Civil Veterinary Dept. North-West Frontier Province 1923-32 - 1923-1932
Year: 1923
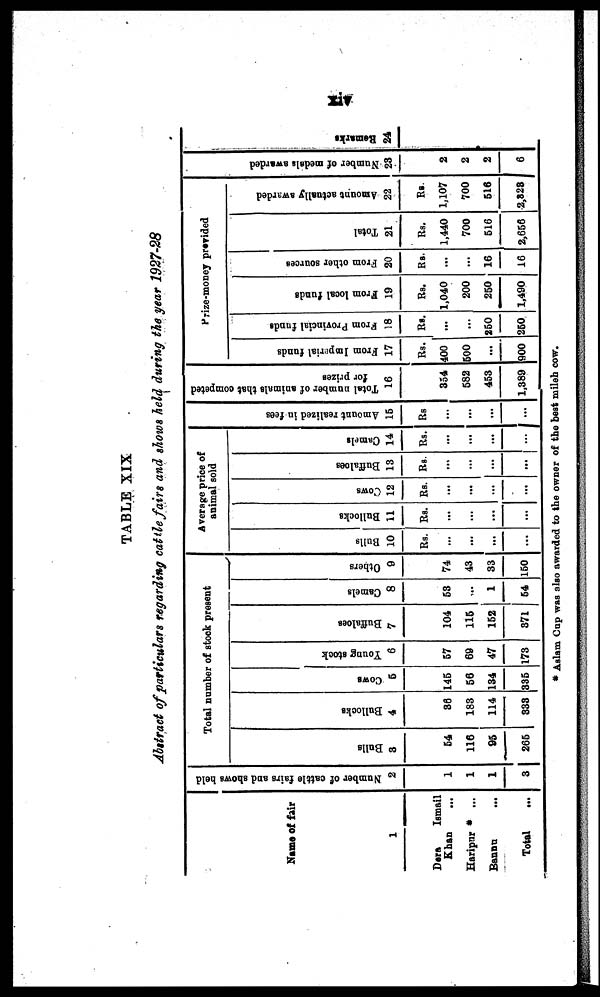
xiv
TABLE XIX
Abstract of particulars regarding cattle fairs and shows held during the year 1927-28
Name of fair
1
Dera
Ismail
Khan ...
Haripur * ...
Bannu
...
Total ...
Number of cattle fairs and shows held
2
1
1
1
3
Total number of stock present
Bulls
3
54
116
95
265
Bullocks
4
36
183
114
333
Cows
5
145
56
134
335
Young stock
6
57
69
47
173
Buffaloes
7
104
115
152
371
Camels
8
53
...
1
54
Others
9
74
43
33
150
Average price of
animal sold
Bulls
10
Rs.
...
...
...
...
Bullocks
11
Rs.
...
...
...
...
Cows
12
Rs.
...
...
...
...
Buffaloes
13
Rs.
...
...
...
...
Camels
14
Rs.
...
...
...
...
Amount realized in fees
15
Rs
...
...
...
...
Total number of animals that competed
for prizes
16
354
582
453
1,389
Prize-money provided
From Imperial funds
17
Rs.
400
500
...
900
From
Provincial funds
18
Rs.
...
...
250
250
From local funds
19
Rs.
1,040
200
250
1,490
From
other sources
20
Rs.
...
...
16
16
Total
21
Rs.
1,440
700
516
2,656
Amount actually awarded
22
Rs.
1,107
700
516
2,323
Nu mb e r of medals awarded
23
2
2
2
6
Remarks
24
* Aslam Cup was also awarded to the owner of the best mileh cow.